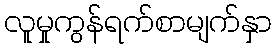
လူမှုကွန်ရက်စာမျက်နှာ